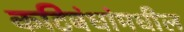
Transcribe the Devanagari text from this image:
कटिबंधांमधील